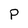
Character: P